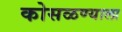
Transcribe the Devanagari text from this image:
कोसळण्याला